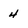
Character: 4